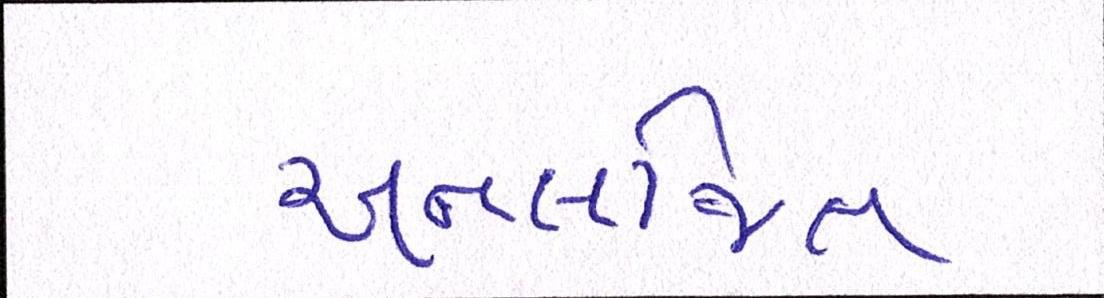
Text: અનલજિત